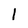
Character: l